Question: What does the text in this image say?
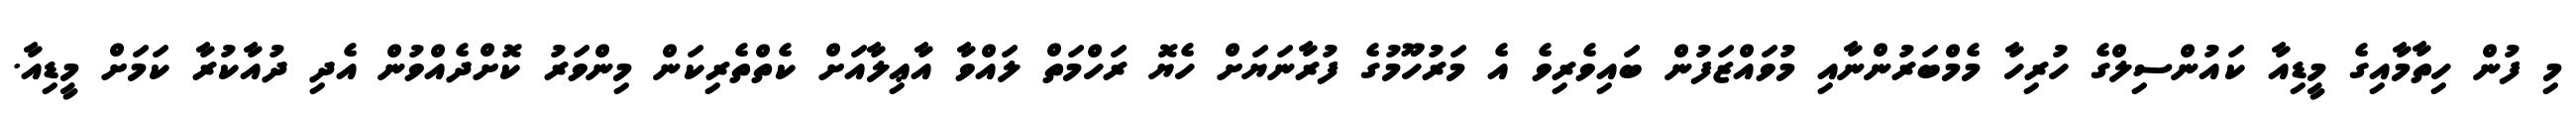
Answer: މި ފުން ހިތާމާއިގެ މީޑިއާ ކައުންސިލްގެ ހުރިހާ މެމްބަރުންނާއި މުވައްޒަފުން ބައިވެރިވެ އެ މަރުހޫމުގެ ފުރާނަޔަށް ހެޔޮ ރަހްމަތް ލައްވާ އާޢިލާއަށް ކެތްތެރިކަން މިންވަރު ކޮށްދެއްވުން އެދި ދުއާކުރާ ކަމަށް މީޑިއާ.